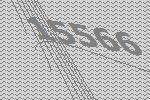
15566